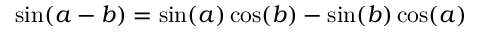
\ \sin ( a - b ) = \sin ( a ) \cos ( b ) - \sin ( b ) \cos ( a )